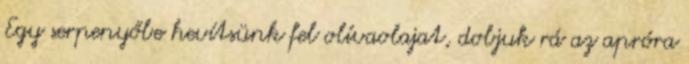
Egy serpenyőbe hevítsünk fel olívaolajat, dobjuk rá az apróra